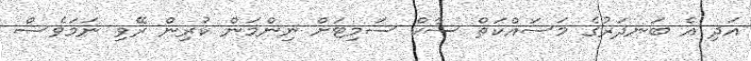
އަދި އެ ބަނދަރުގެ މަސައްކަތް ސާކް ސަމިޓަށް ނިންމަން ކުރިން ރޭވި ނަމަވެސް